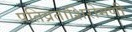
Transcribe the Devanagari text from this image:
पतिव्रताशिरोमणी